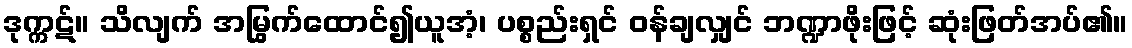
ဒုက္ကဋ်။ သိလျက် အမြွက်ထောင်၍ယူအံ့၊ ပစ္စည်းရှင် ဝန်ချလျှင် ဘဏ္ဍာဖိုးဖြင့် ဆုံးဖြတ်အပ်၏။